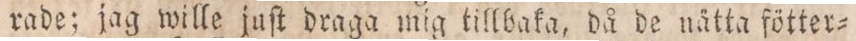
rade; jag wille juſt draga mig tillbaka, då de nätta fötter=